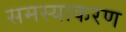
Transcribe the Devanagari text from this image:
समस्याकरण